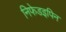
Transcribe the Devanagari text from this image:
निफेडइपिन